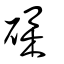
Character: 磼